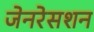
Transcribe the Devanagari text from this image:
जेनरेसशन